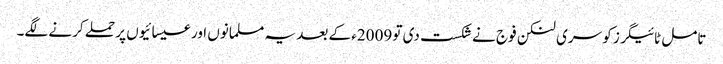
تامل ٹائیگرز کو سری لنکن فوج نے شکست دی تو 2009ء کے بعد یہ مسلمانوں اور عیسائیوں پر حملے کرنے لگے۔